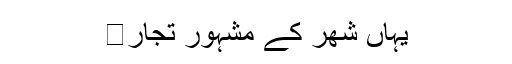
یہاں شھر کے مشہور تجار�